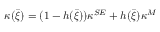
\kappa ( \bar { \xi } ) = ( 1 - h ( \bar { \xi } ) ) \kappa ^ { S E } + h ( \bar { \xi } ) \kappa ^ { M }